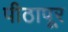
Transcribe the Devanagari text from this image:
पीठापूर